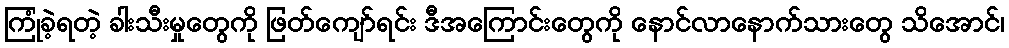
ကြုံခဲ့ရတဲ့ ခါးသီးမှုတွေကို ဖြတ်ကျော်ရင်း ဒီအကြောင်းတွေကို နောင်လာနောက်သားတွေ သိအောင်၊